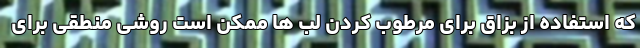
که استفاده از بزاق برای مرطوب کردن لب ها ممکن است روشی منطقی برای